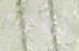
تواجه